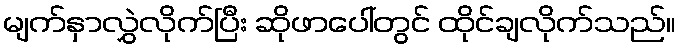
မျက်နှာလွှဲလိုက်ပြီး ဆိုဖာပေါ်တွင် ထိုင်ချလိုက်သည်။